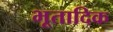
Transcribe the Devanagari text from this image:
भूतादिक